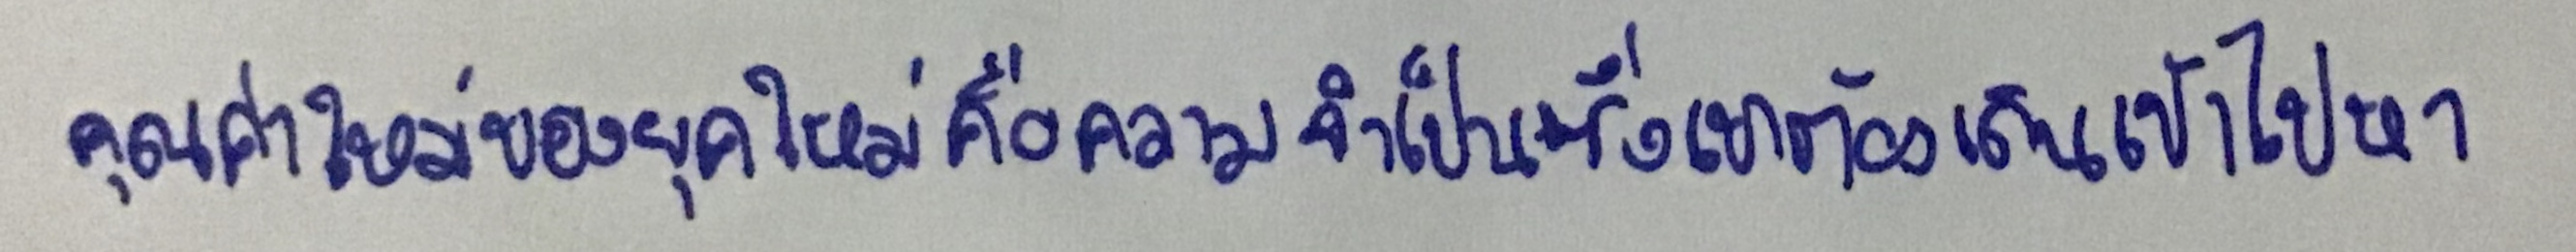
คุณค่าใหม่ของยุคใหม่คือความจำเป็นซึ่งเขาต้องเดินเข้าไปหา